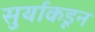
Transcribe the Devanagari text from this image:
सुर्याकडून